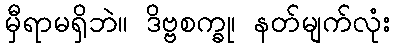
မှီရာမရှိဘဲ။ ဒိဗ္ဗစက္ခု၊ နတ်မျက်လုံး